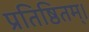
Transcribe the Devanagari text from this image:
प्रतिष्ठितम्‌।